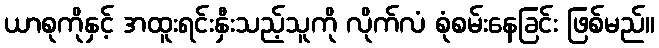
ယာစုကိုနှင့် အထူးရင်းနှီးသည့်သူကို လိုက်လံ စုံစမ်းနေခြင်း ဖြစ်မည်။